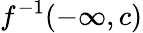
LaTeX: f^{-1}(-\infty,c)